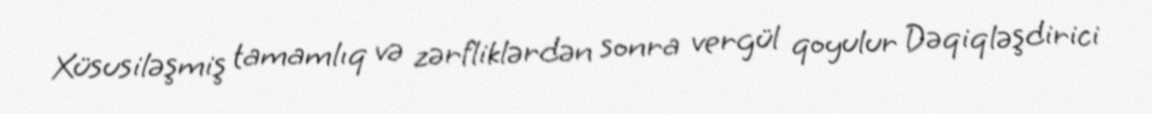
Xüsusiləşmiş tamamlıq və zərfliklərdən sonra vergül qoyulur Dəqiqləşdirici